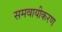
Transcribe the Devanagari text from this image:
समवायीकरण